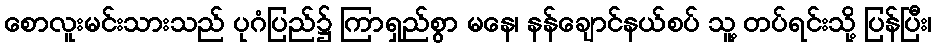
စောလူးမင်းသားသည် ပုဂံပြည်၌ ကြာရှည်စွာ မနေ၊ နန်ချောင်နယ်စပ် သူ့ တပ်ရင်းသို့ ပြန်ပြီး၊